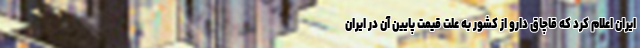
ایران اعلام کرد که قاچاق دارو از کشور به علت قیمت پایین آن در ایران